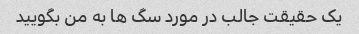
یک حقیقت جالب در مورد سگ ها به من بگویید